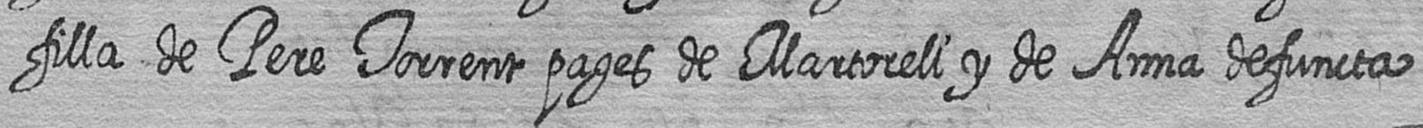
filla de Pere Torrent pages de Martorell y de Anna defuncta